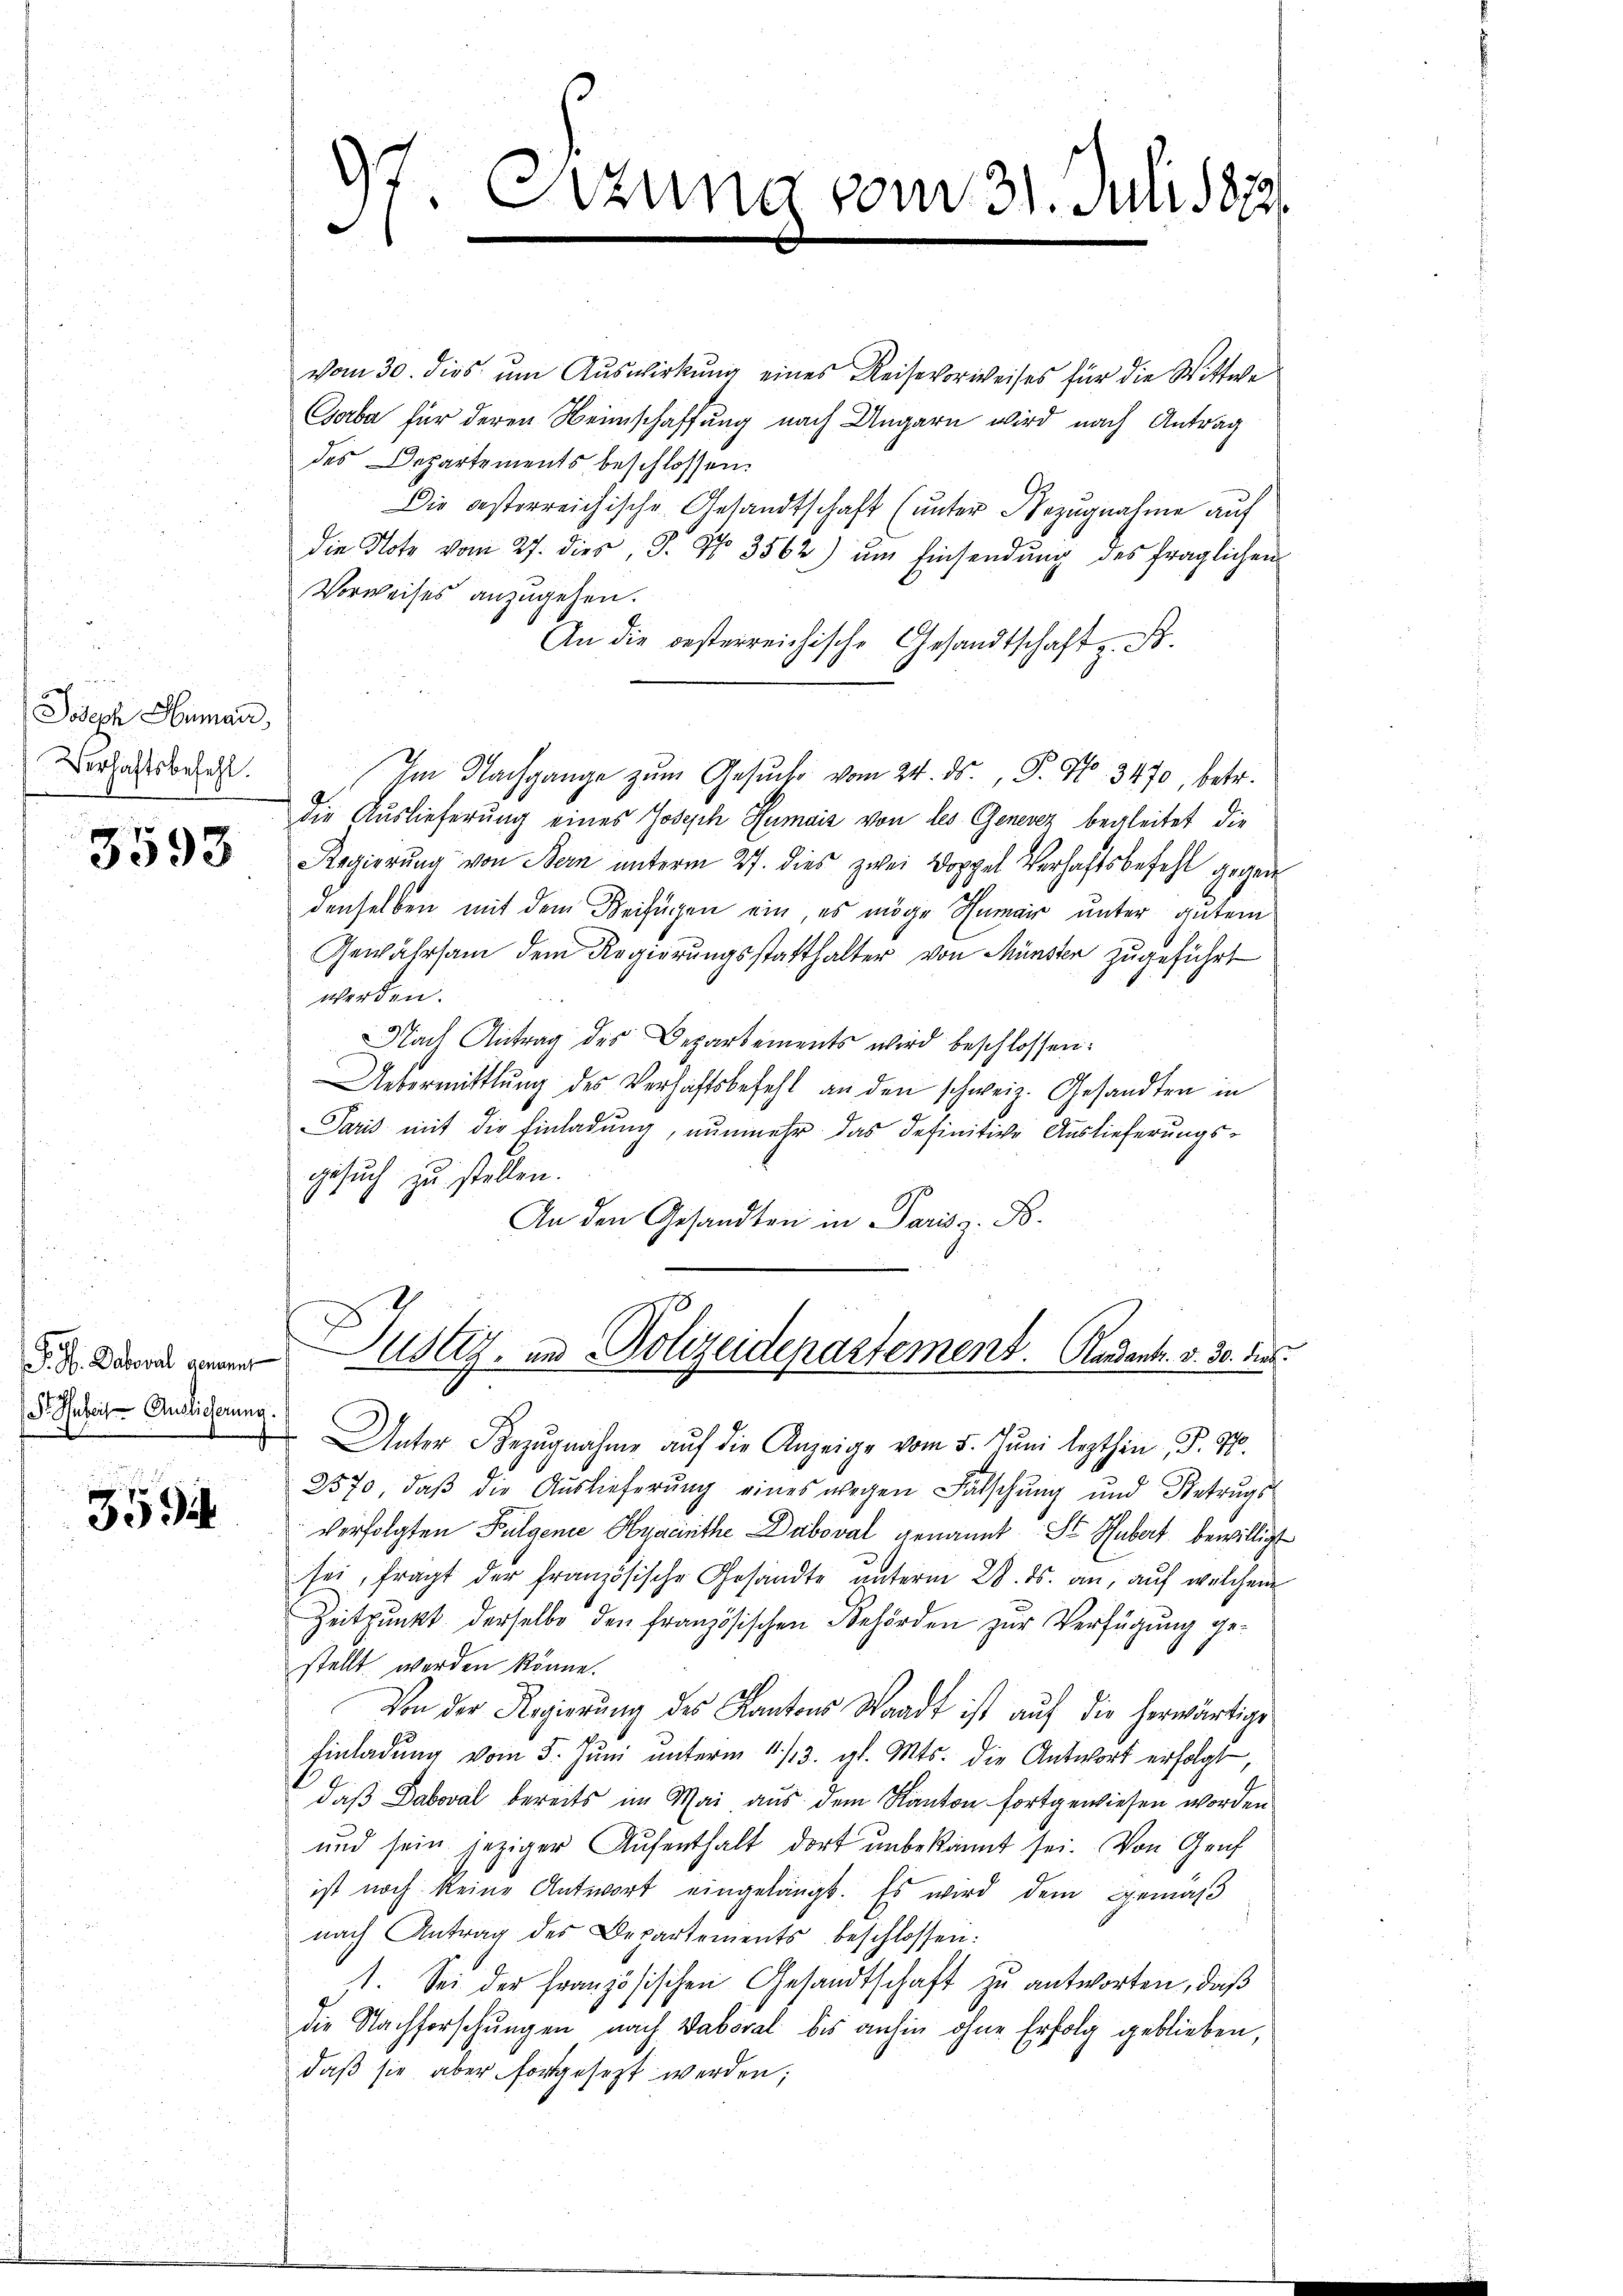
Joseph Humair,
Verhaftsbefehl.

3593

G. H. Daboval genannt
S. Hubert Auslieferung.

359

vom 30. dies um Auswirkung eines Reise vorweises für die Wittwe
Goba für deren Heimschaffung nach Ungarn wird nach Antrag
des Departements beschlossen.
Die besterreichische Gesandtschaft (unter Bezugnahme auf
die Note vom 27. dies J. No 3562) ŭm Einsendŭng des fraglichen
Vorweises anzugehen.
An die besterreichische Gesandtschaft z. B.
Im Nachgange zum Gesuche vom 24. ds., P. No. 3470, betr.
Die Auslieferung eines Joseph Humais von des Genevez begleitet die
Regierung von Bern unterm 27. dies zwei Doppel Verhaftsbefehl gegen
denselben mit dem Beifügen ein, es möge Humair unter gutem
Gewährsam dem Regierungsstatthalter von Münster zugeführt
werden.
NNach Antrag des Departements wird beschlossen:
Uebermittlung des Verhaftsbefehl an den schweiz. Gesandten in
Paris mit die Einladung, nunmehr das definitive Auslieferungsgesuch zu stellen.
An den Gesandten in Paris z. B.
Justiz- und Polizeidepartement. Kandent. v. 30. dies
Unter Bezŭgnahme aŭf die Anzeige vom 5. Juni lezthin, S. 97.
2570, daβ die Auslieferŭng eines wegen Falschung und Betrugs
verfolgten Fulgende Hyacinthe Duboval genannt Sr Hubert bewilligt
sei, fragt der französische Gesandte unterm 28. ds. an, auf welchem
Zeitpunkt derselbe den französischen Behörden zur Verfügung ge-
stellt werden könne.
Von der Regierŭng des Kantons Waadt ist aŭf die herwärtige
Einladŭng vom 5. Jŭni ŭnterm 1./13. gl. Mts. die Antwort erfolgt,
daß Daboval bereits im Mai aus dem Kanton fortgewiesen worden
und sein jeziger Aufenthalt dort unbekannt sei. Von Graf
ist noch keine Antwort eingelangt. Es wird dem Gemäß
nach Antrag des Departements beschlossen:
st. Sei der Französischen Gesandtschaft zu antworten, daß
die Nachforschungen nach Waboral bis anhin ohne Erfolg geblieben,
daß sie aber fortgesezt werden;

Sizung vom 31. Juli 1881.
3
.